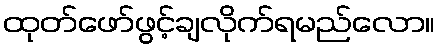
ထုတ်ဖော်ဖွင့်ချလိုက်ရမည်လော။